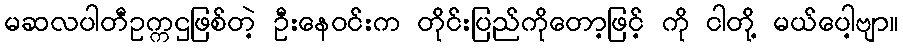
မဆလပါတီဥက္ကဌဖြစ်တဲ့ ဦးနေဝင်းက တိုင်းပြည်ကိုတော့ဖြင့် ကို ငါတို့ မယ်ပေါ့ဗျာ။